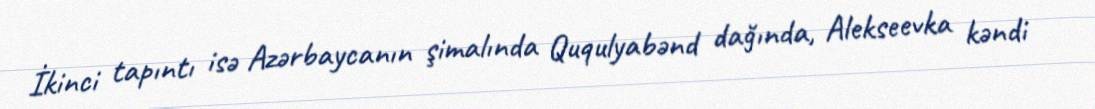
İkinci tapıntı isə Azərbaycanın şimalında Ququlyabənd dağında, Alekseevka kəndi